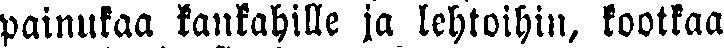
painukaa kankahille ja lehtoihin, kootkaa